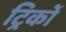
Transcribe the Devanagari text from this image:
ट्रिकों